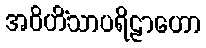
အဝိဟိံသာပရိဠာဟော